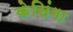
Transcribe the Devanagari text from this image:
केसिंगा